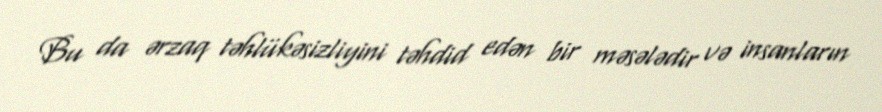
Bu da ərzaq təhlükəsizliyini təhdid edən bir məsələdir və insanların